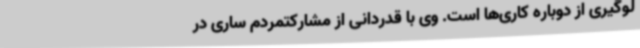
لوگیری از دوباره کاری‌ها است. وی با قدردانی از مشارکتمردم ساری در